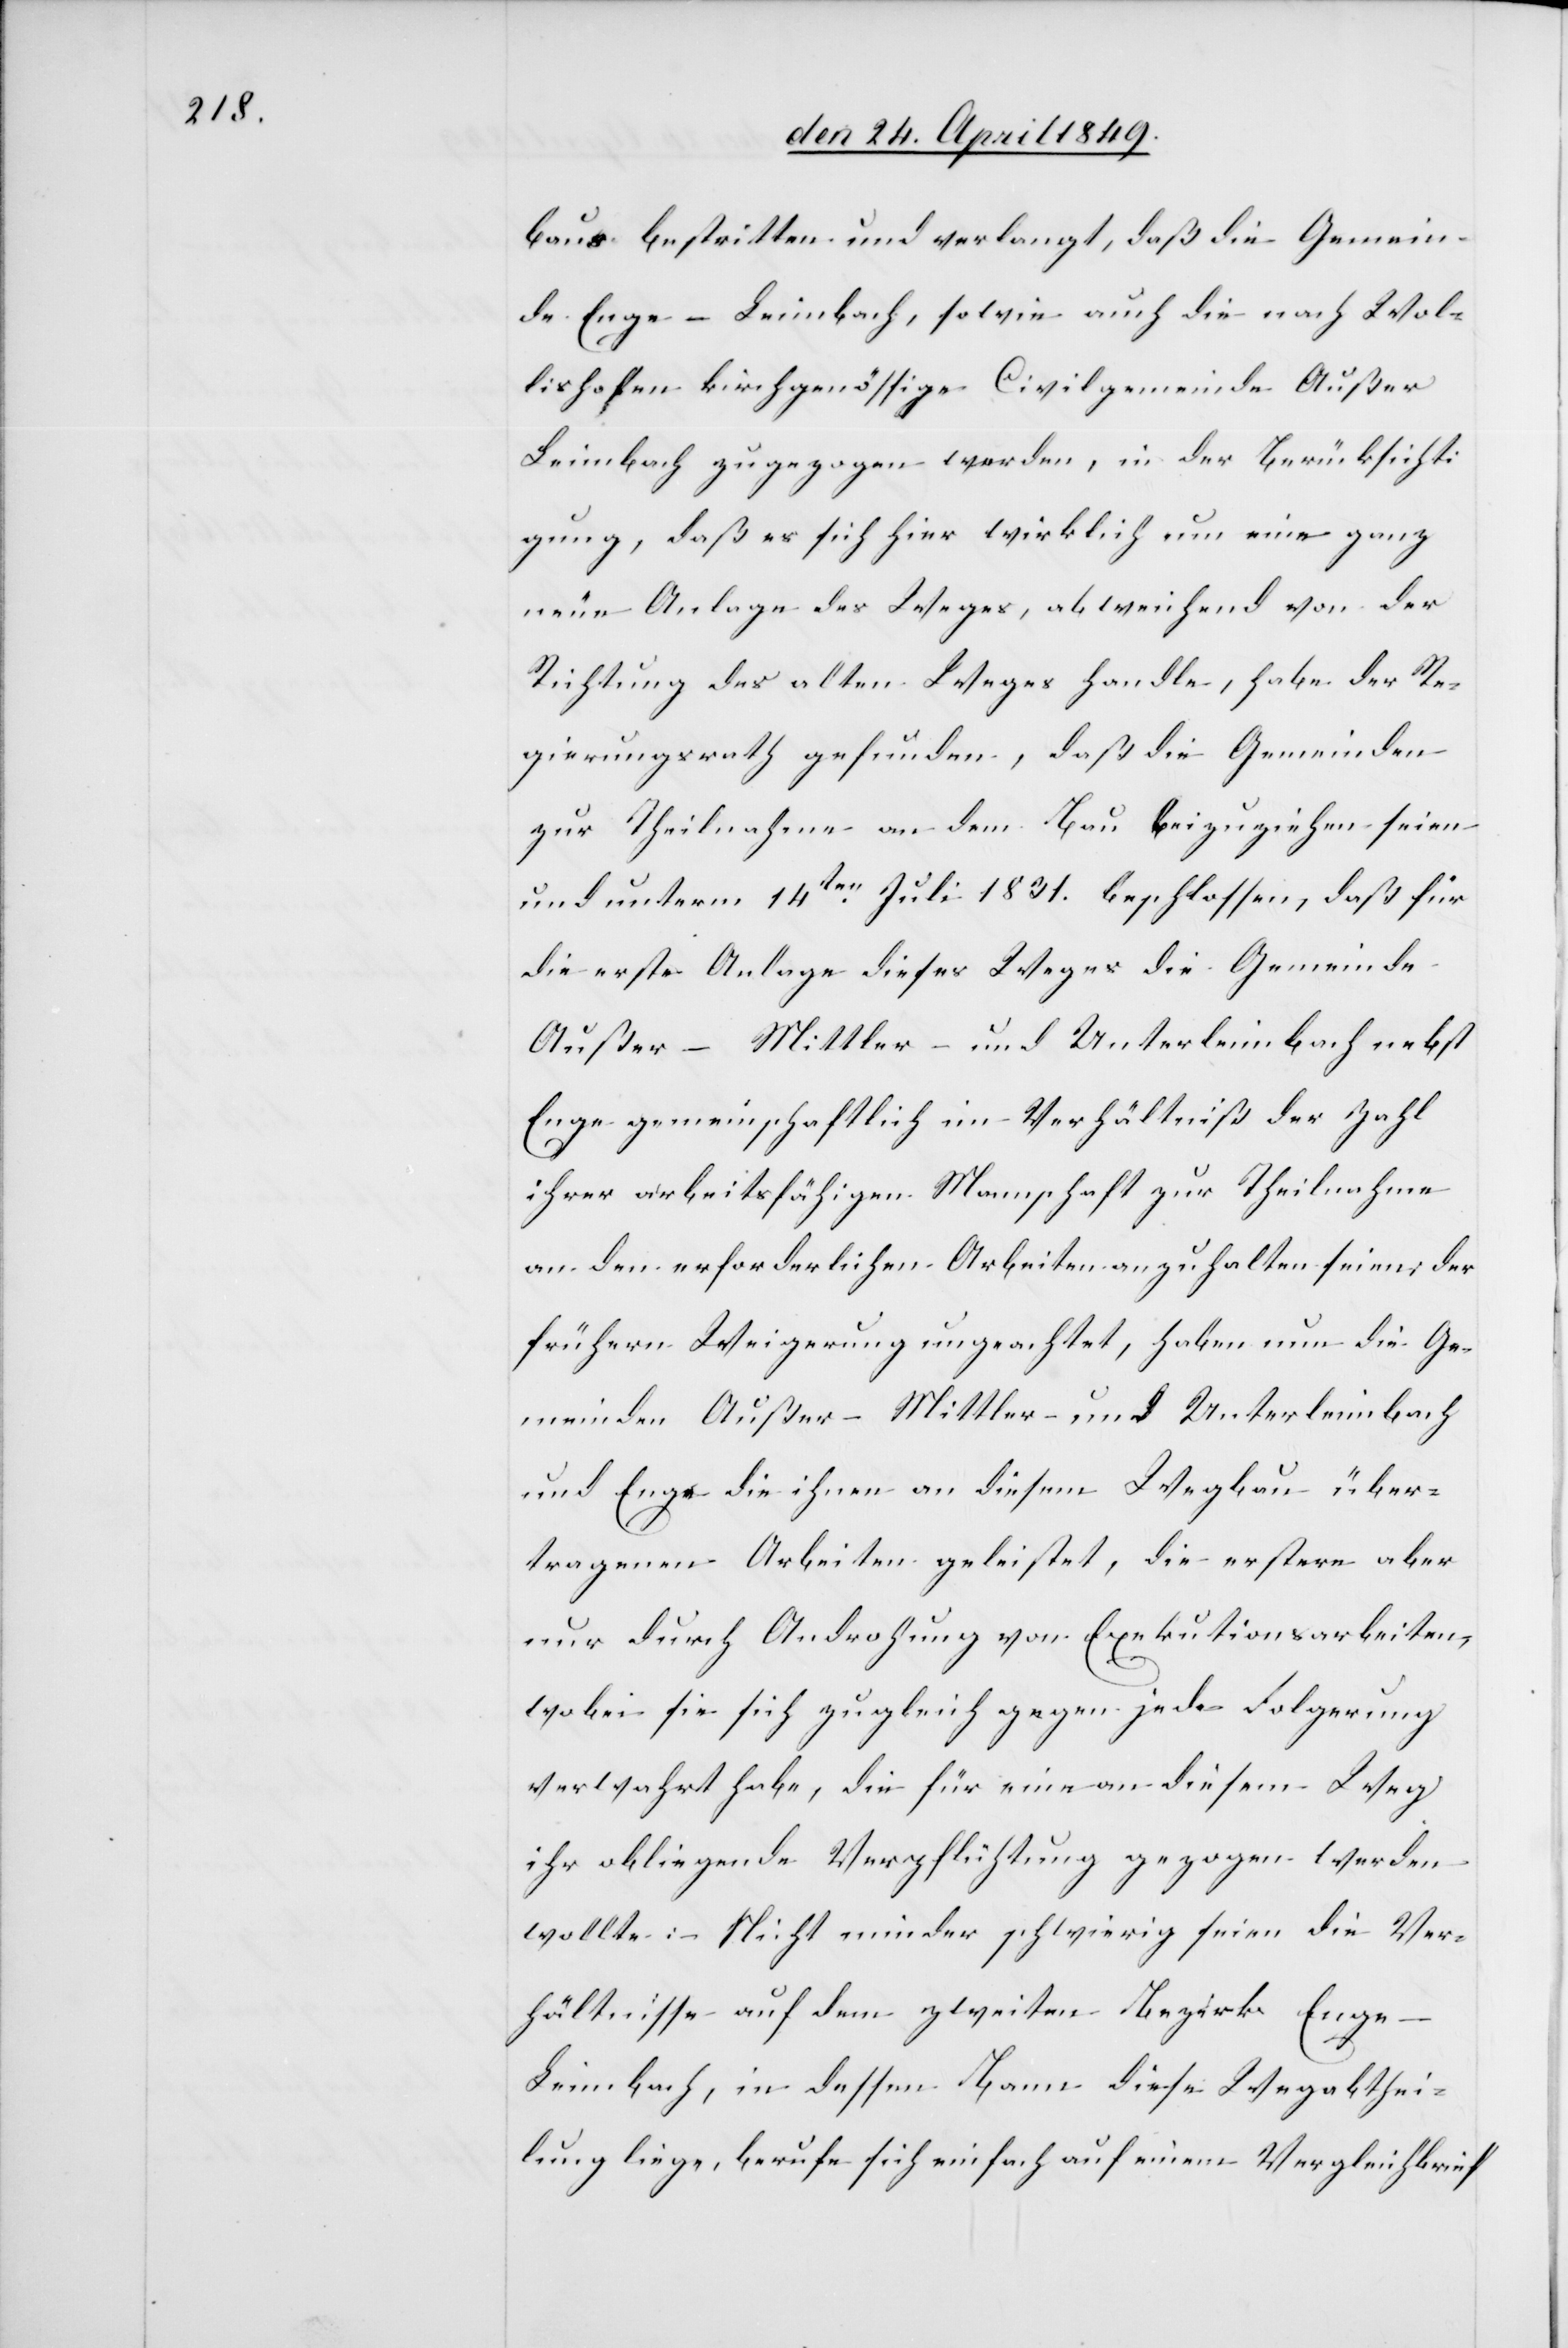
baus bestritten und verlangt, daß die Gemein¬
de Enge-Leimbach, sowie auch die nach Wol¬
lishofen kirchgenössige Civilgemeinde Außer
Leimbach zugezogen werden, in der Berücksicht¬
igung, daß es sich hier wirklich um eine ganz
neue Anlage des Weges, abweichend von der
Richtung des alten Weges handle, habe der Re¬
gierungsrath gefunden, daß die Gemeinden
zur Theilnahme an dem Bau beizuziehen seien
und unterm 14ten Juli 1831. beschlossen, daß für
die erste Anlage dieses Weges die Gemeinde
Außer- Mittler- und Unterleimbach nebst
Enge gemeinschaftlich im Verhältniß der Zahl
ihrer arbeitsfähigen Mannschaft zur Theilnahme
an den erforderlichen Arbeiten anzuhalten seien; der
frühern Weigerung ungeachtet, haben nun die Ge¬
meinden Außer- Mittler- und Unterleimbach
und Enge die ihnen an diesem Wegbau über¬
tragenen Arbeiten geleistet, die erstere aber
nur durch Androhung von Exekutionsarbeiten,
wobei sie sich zugleich gegen jede Folgerung
verwahrt habe, die für eine an diesem Weg
ihr obliegende Verpflichtung gezogen werden
wollte: Nicht minder schwierig seien die Ver¬
hältnisse auf dem zweiten Bezirk Enge-L¬
eimbach, in dessen Bann diese Wegabthei¬
lung liege, berufe sich einfach auf einem Vergleichbrief